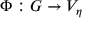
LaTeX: \Phi : G \to V _ { \eta }